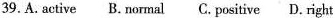
39.A. Active B. Normal C. Positive D. Right